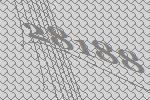
28188